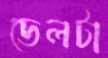
ডেলটা